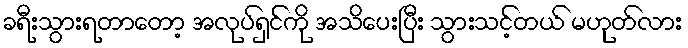
ခရီးသွားရတာတော့ အလုပ်ရှင်ကို အသိပေးပြီး သွားသင့်တယ် မဟုတ်လား